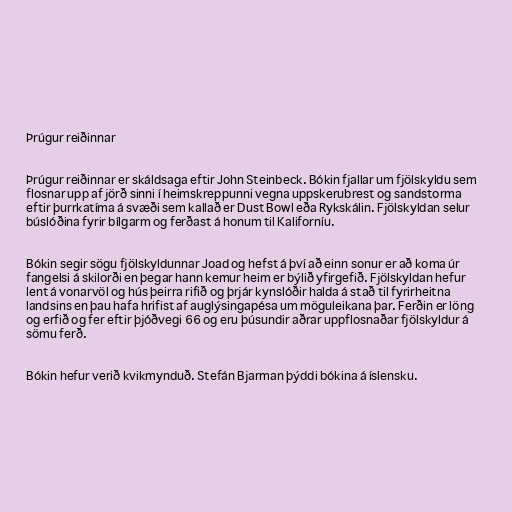
Þrúgur reiðinnar

Þrúgur reiðinnar er skáldsaga eftir John Steinbeck. Bókin fjallar um fjölskyldu sem
flosnar upp af jörð sinni í heimskreppunni vegna uppskerubrest og sandstorma
eftir þurrkatíma á svæði sem kallað er Dust Bowl eða Rykskálin. Fjölskyldan selur
búslóðina fyrir bílgarm og ferðast á honum til Kaliforníu.

Bókin segir sögu fjölskyldunnar Joad og hefst á því að einn sonur er að koma úr
fangelsi á skilorði en þegar hann kemur heim er býlið yfirgefið. Fjölskyldan hefur
lent á vonarvöl og hús þeirra rifið og þrjár kynslóðir halda á stað til fyrirheitna
landsins en þau hafa hrifist af auglýsingapésa um möguleikana þar. Ferðin er löng
og erfið og fer eftir þjóðvegi 66 og eru þúsundir aðrar uppflosnaðar fjölskyldur á
sömu ferð.

Bókin hefur verið kvikmynduð. Stefán Bjarman þýddi bókina á íslensku.